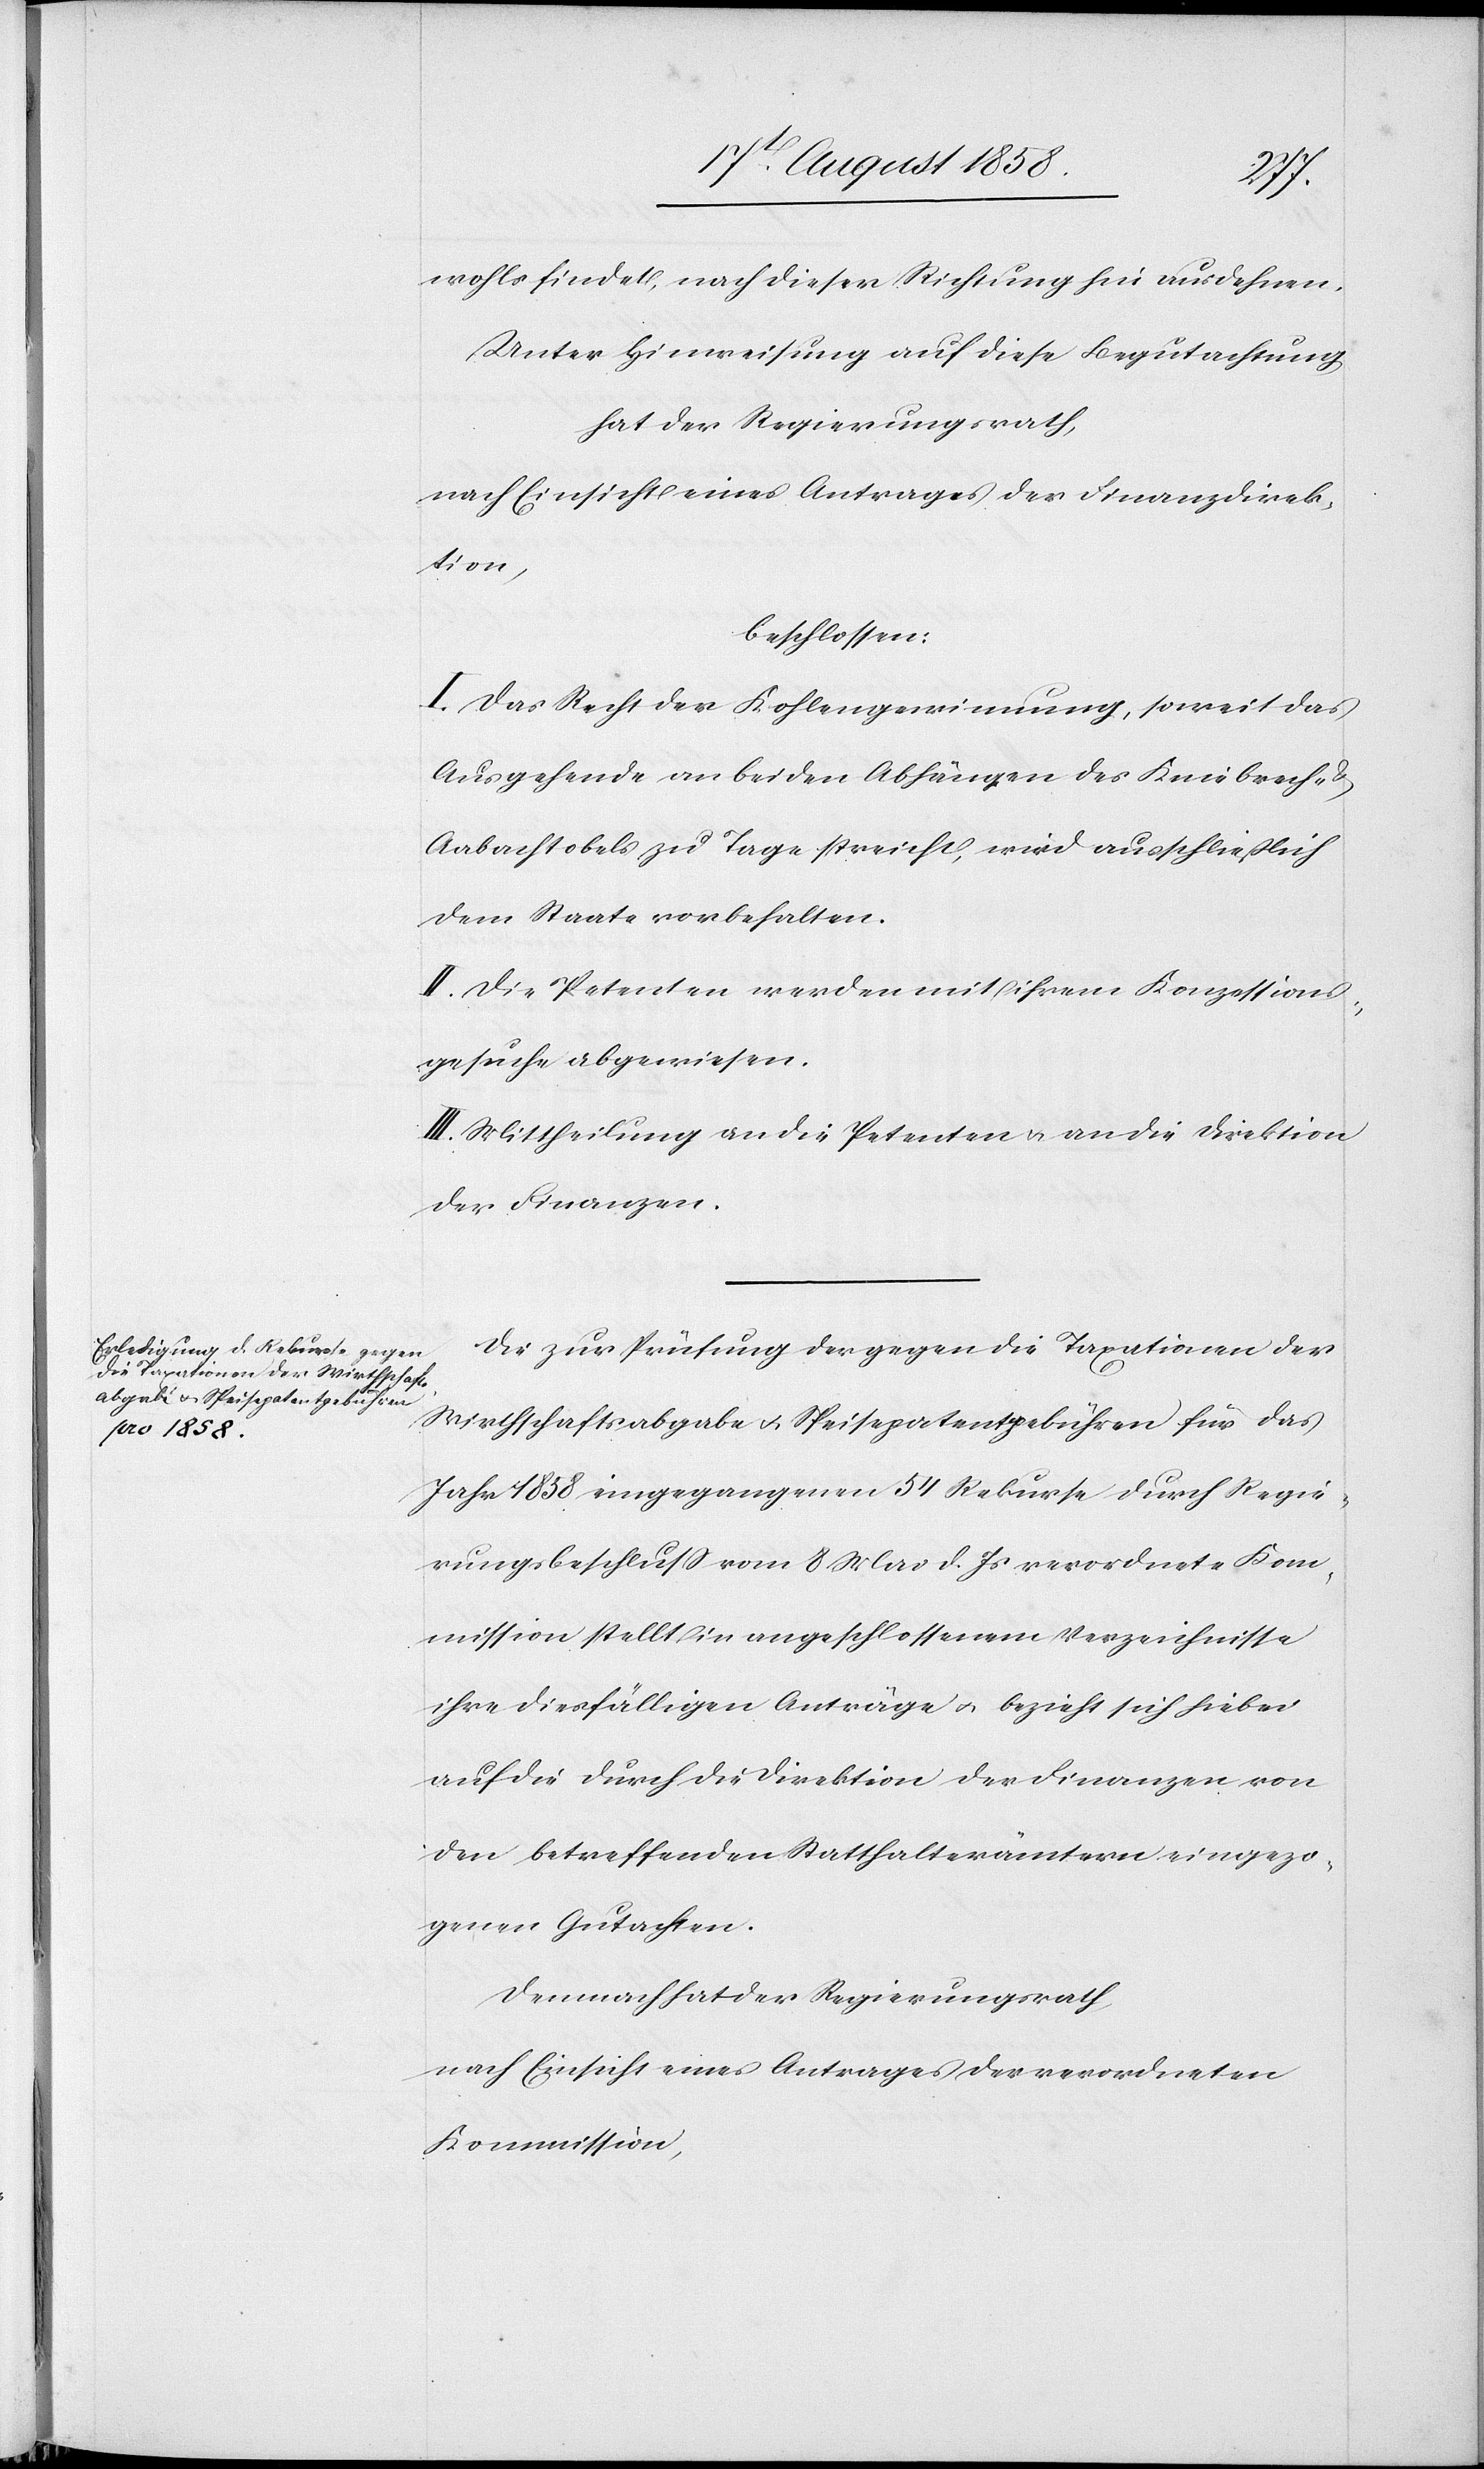
wohls findet, nach dieser Richtung hin ausdehnen.
Unter Hinweisung auf diese Begutachtung
hat der Regierungsrath,
nach Einsicht eines Antrages der Finanzdirek¬
tion,
beschlossen:
I. Das Recht der Kohlengewinnung, soweit das
Ausgehende an beiden Abhängen des Kniebrech-
Aabachtobels zu Tage streicht, wird ausschließlich
dem Staate vorbehalten.
II. Die Petenten werden mit ihrem Konzessions¬
gesuche abgewiesen.
III. Mittheilung an die Petenten & an die Direktion
der Finanzen.
Die zur Prüfung der gegen die Taxationen der
Wirthschaftsabgabe & Speisepatentgebühren für das
Jahr 1858 eingegangenen 54 Rekurse durch Regie¬
rungsbeschluss vom 8 Mai d. Js verordnete Kom¬
mission stellt in angeschlossenem Verzeichnisse
ihre diesfälligen Anträge & bezieht sich hiebei
auf die durch die Direktion der Finanzen von
den betreffenden Statthalterämtern eingezo¬
genen Gutachten.
Demnach hat der Regierungsrath,
nach Einsicht eines Antrages der verordneten
Kommission,